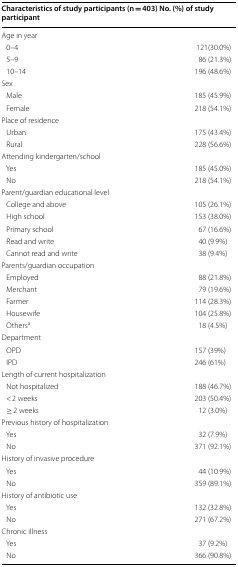
<table><thead><tr><td colspan="2"><b>Characteristics of study participants (n = 403) No. (%) of study participant</b></td></tr></thead><tbody><tr><td colspan="2">Age in year</td></tr><tr><td> 0–4</td><td>121(30.0%)</td></tr><tr><td> 5–9</td><td>86 (21.3%)</td></tr><tr><td> 10–14</td><td>196 (48.6%)</td></tr><tr><td colspan="2">Sex</td></tr><tr><td> Male</td><td>185 (45.9%)</td></tr><tr><td> Female</td><td>218 (54.1%)</td></tr><tr><td colspan="2">Place of residence</td></tr><tr><td> Urban</td><td>175 (43.4%)</td></tr><tr><td> Rural</td><td>228 (56.6%)</td></tr><tr><td colspan="2">Attending kindergarten/school</td></tr><tr><td> Yes</td><td>185 (45.0%)</td></tr><tr><td> No</td><td>218 (54.1%)</td></tr><tr><td colspan="2">Parent/guardian educational level</td></tr><tr><td> College and above</td><td>105 (26.1%)</td></tr><tr><td> High school</td><td>153 (38.0%)</td></tr><tr><td> Primary school</td><td>67 (16.6%)</td></tr><tr><td> Read and write</td><td>40 (9.9%)</td></tr><tr><td> Cannot read and write</td><td>38 (9.4%)</td></tr><tr><td colspan="2">Parents/guardian occupation</td></tr><tr><td> Employed</td><td>88 (21.8%)</td></tr><tr><td> Merchant</td><td>79 (19.6%)</td></tr><tr><td> Farmer</td><td>114 (28.3%)</td></tr><tr><td> Housewife</td><td>104 (25.8%)</td></tr><tr><td> Others<sup>a</sup></td><td>18 (4.5%)</td></tr><tr><td colspan="2">Department</td></tr><tr><td> OPD</td><td>157 (39%)</td></tr><tr><td> IPD</td><td>246 (61%)</td></tr><tr><td colspan="2">Length of current hospitalization</td></tr><tr><td> Not hospitalized</td><td>188 (46.7%)</td></tr><tr><td> &lt; 2 weeks</td><td>203 (50.4%)</td></tr><tr><td> ≥ 2 weeks</td><td>12 (3.0%)</td></tr><tr><td colspan="2">Previous history of hospitalization</td></tr><tr><td> Yes</td><td>32 (7.9%)</td></tr><tr><td> No</td><td>371 (92.1%)</td></tr><tr><td colspan="2">History of invasive procedure</td></tr><tr><td> Yes</td><td>44 (10.9%)</td></tr><tr><td> No</td><td>359 (89.1%)</td></tr><tr><td colspan="2">History of antibiotic use</td></tr><tr><td> Yes</td><td>132 (32.8%)</td></tr><tr><td> No</td><td>271 (67.2%)</td></tr><tr><td colspan="2">Chronic illness</td></tr><tr><td> Yes</td><td>37 (9.2%)</td></tr><tr><td> No</td><td>366 (90.8%)</td></tr></tbody></table>